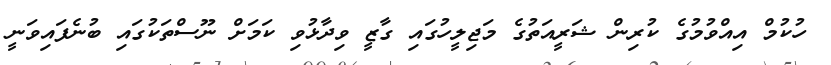
ހުކުމް އިއްވުމުގެ ކުރިން ޝަރީއަތުގެ މަޖިލީހުގައި ގާޒީ ވިދާޅުވި ކަމަށް ނޫސްތަކުގައި ބުނެފައިވަނީ